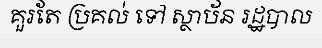
គួរតែ ប្រគល់ ទៅ ស្ថាប័ន រដ្ឋបាល